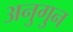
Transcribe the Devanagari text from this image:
अनुगुन